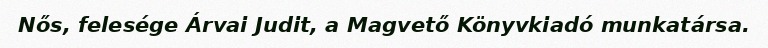
Nős, felesége Árvai Judit, a Magvető Könyvkiadó munkatársa.